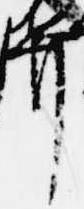
弁